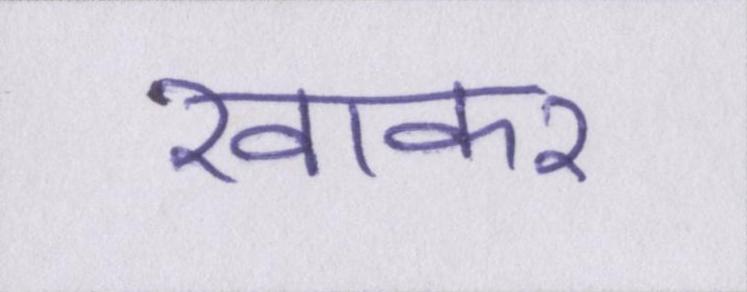
खाकर